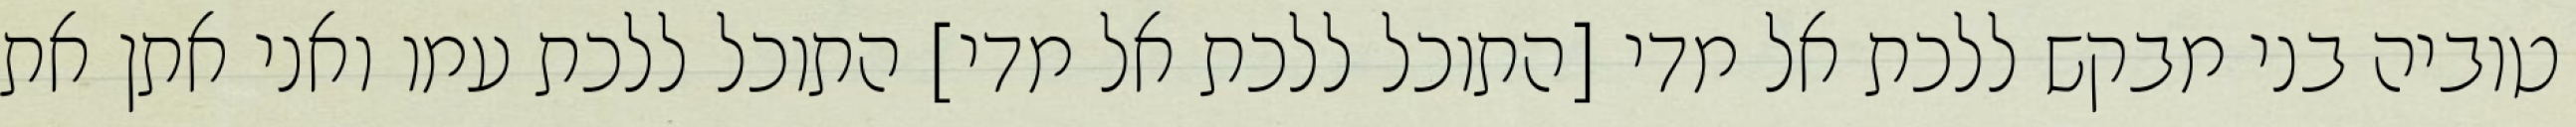
טוביה בני מבקש ללכת אל מדי [התוכל ללכת אל מדי] התוכל ללכת עמו ואני אתן את